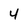
Character: 4